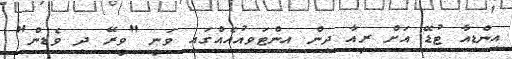
އިންޑިއާ ޓުޑޭ އަށް ރީއާ ދިން އިންޓަވިއުއެއްގައި ވަނީ "ވީރޭ ދި ވެޑިން"